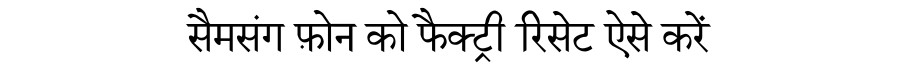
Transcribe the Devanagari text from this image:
सैमसंग फ़ोन को फैक्ट्री रिसेट ऐसे करें